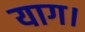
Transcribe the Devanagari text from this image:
याग।